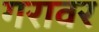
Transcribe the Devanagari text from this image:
गरावर